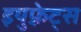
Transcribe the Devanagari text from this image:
इयुफ़्रेट्स